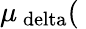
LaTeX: \mu_{\mathrm{\ delta}}(\